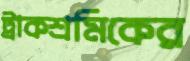
ট্রাকশ্রমিকের